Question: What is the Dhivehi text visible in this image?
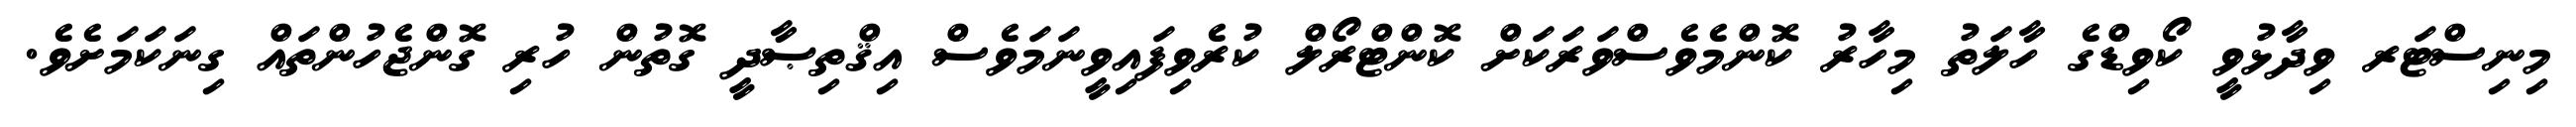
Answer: މިނިސްޓަރ ވިދާޅުވީ ކޯވިޑްގެ ހާލަތު މިހާރު ކޮންމެވެސްވަރަކަށް ކޮންޓްރޯލް ކުރެވިފައިވީނަމަވެސް އިޤްތިޞާދީ ގޮތުން ހުރި ގޮންޖެހުންތައް ގިނަކަމަށެވެ.